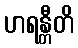
ဟရန္တီတိ